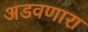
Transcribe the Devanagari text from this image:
अडवणारा